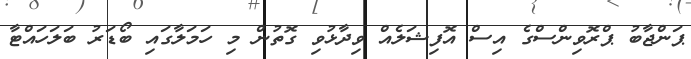
ޕަންޖާބު ޕްރޮވިންސްގެ އިސް އޮފިޝަލެއް ވިދާޅުވި ގޮތުން މި ހަމަލާގައި ބޯޑަރު ބަލަހައްޓާ